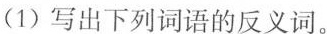
(1)写出下列词语的反义词。